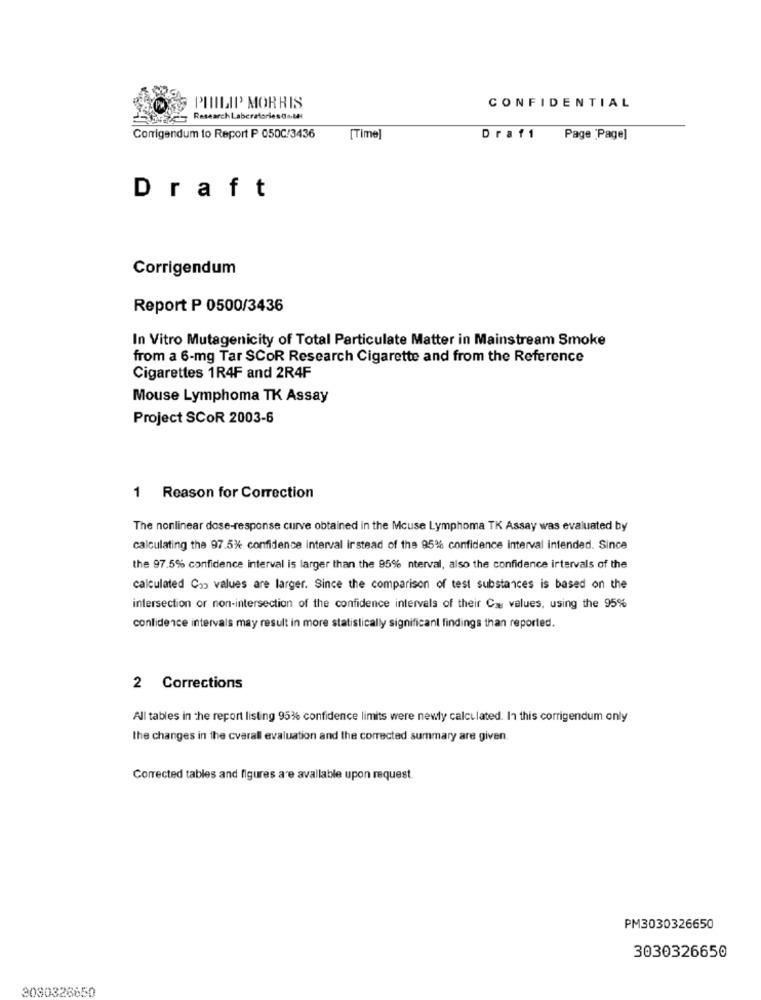
SO PHILIP MORRIS
CONFIDENTIAL
Jorge Research LaboratoriesOn.thl
Corrigendum to Report P 050C/3436
[Time]
Draf1
Page 'Page]
Draft
Corrigendum
Report P 0500/3436
In Vitro Mutagenicity of Total Particulate Matter in Mainstream Smoke
from a 6-mg Tar SCOR Research Cigarette and from the Reference
Cigarettes 1R4F and 2R4F
Mouse Lymphoma TK Assay
Project SCOR 2003-6
1 Reason for Correction
The nonlinear dose-response curve obtained in the Mcuse Lymphoma TK Assay was evaluated by
calculating the 97.5% confidence interval instead of the 95% confidence interval intended. Since
the 97.5% confidence interval is larger than the 95% nterval, also the confidence intervals of the
calculated Cop values are larger. Since the comparison of test substances is based on the
intersection or non-intersection of the confidence intervals of their Cy values, using the 95%
confidence intervals may result in more statistically significant findings than reported.
2 Corrections
All tables in the report listing 95%% confidence limits were newly calculated. In this corrigendum only
the changes in the cvarall evaluation and the corrected summary are given.
Corrected tables and figures are available upon request.
PM3030326650
3030326650
3080326650